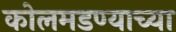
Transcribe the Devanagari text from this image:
कोलमडण्याच्या